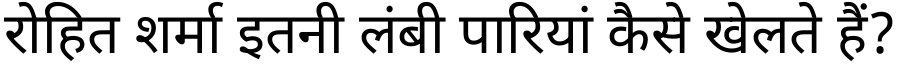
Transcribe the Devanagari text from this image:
रोहित शर्मा इतनी लंबी पारियां कैसे खेलते हैं?